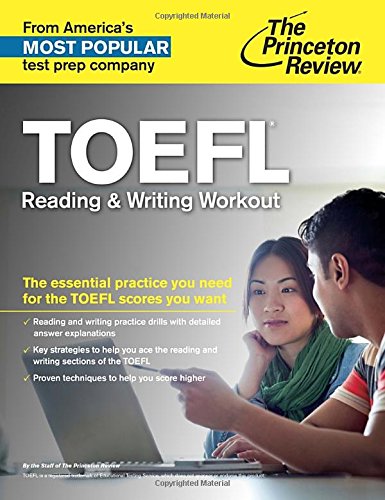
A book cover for TOEFL Reading & Writing Workout (College Test Preparation); Princeton Review; Test Preparation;